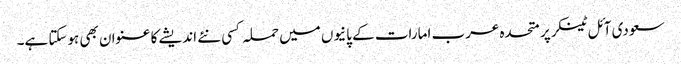
سعودی آئل ٹینکر پر متحدہ عرب امارات کے پانیوں میں حملہ کسی نئے اندیشے کا عنوان بھی ہوسکتا ہے۔